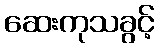
ဆေးကုသခွင့်